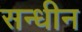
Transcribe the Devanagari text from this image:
सन्धीन